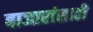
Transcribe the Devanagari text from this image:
बाजारांसाठी